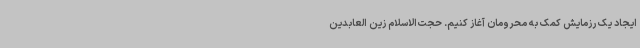
ایجاد یک رزمایش کمک به محرومان آغاز کنیم. حجت‌الاسلام زین العابدین